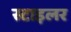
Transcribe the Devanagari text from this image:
स्टाइलर